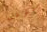
سترغب